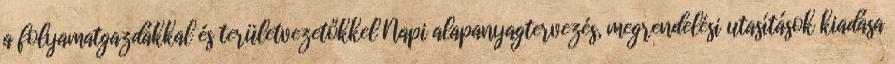
a folyamatgazdákkal és területvezetőkkel Napi alapanyagtervezés, megrendelési utasítások kiadása